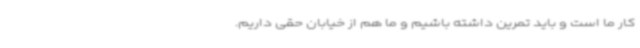
کار ما است و باید تمرین داشته باشیم و ما هم از خیابان حقی داریم.